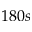
1 8 0 s